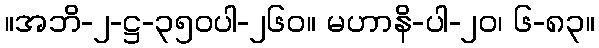
။အဘိ-၂-ဋ္ဌ-၃၅၀ပါ-၂၆၀။ မဟာနိ-ပါ-၂၀၊ ၆-၈၃။